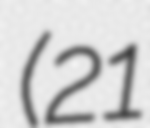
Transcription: (21